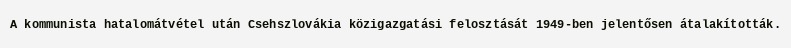
A kommunista hatalomátvétel után Csehszlovákia közigazgatási felosztását 1949-ben jelentősen átalakították.